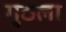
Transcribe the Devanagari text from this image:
गुठला